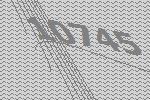
10745